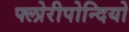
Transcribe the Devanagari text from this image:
फ्लोरीपोन्दियो